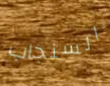
السنجاب